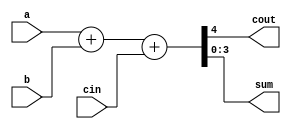
// **************************************************************************************
// Project: AFTAB
// Version: 1.0
//
// Module Name: aftab_adder
// Description:
//
// Dependencies:
//
// File content description:
// adder for AFTAB datapath
//
// **************************************************************************************
`timescale 1ns/1ns

module aftab_adder #(parameter size = 4) (
    input [size-1:0] a,
    input [size-1:0] b,
    input cin,
    output cout,
    output [size-1:0] sum
);

    assign {cout, sum} = a + b + cin;

endmodule